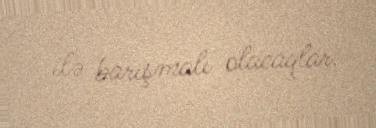
ilə barışmalı olacaqlar.